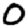
Digit: 0